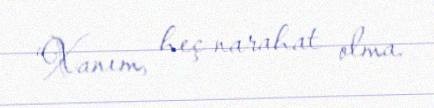
“Xanım, heç narahat olma.